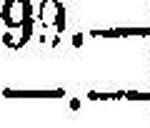
—.—